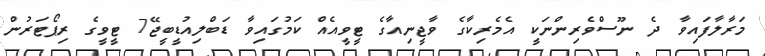
މަރާލާފައިވާ ދެ ނޫސްވެރިންނަކީ އެމެރިކާގެ ވާޖީނިއާގެ ޓީވީއެއް ކަމުގައިވާ ޑަބްލިއުޑީބީޖޭ7 ޓީވީގެ ރިޕޯޓަރުން